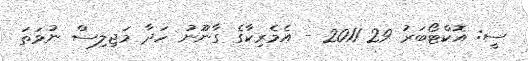
ސީ: އޮކްޓޯބަރު 29 2011 - އެމެރިކާގެ ގާނޫނު ހަދާ މަޖިލިސް ނުވަތަ